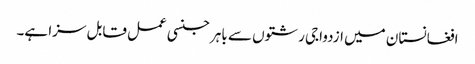
افغانستان میں ازدواجی رشتوں سے باہر جنسی عمل قابل سزا ہے۔